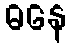
ဓနေ